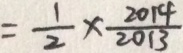
= \frac { 1 } { 2 } \times \frac { 2 0 1 4 } { 2 0 1 3 }